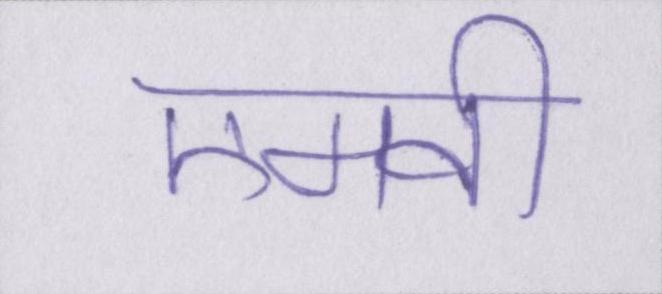
एमवी